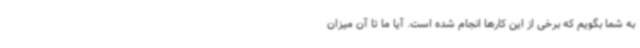
به شما بگویم که برخی از این کارها انجام شده است. آیا ما تا آن میزان